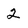
Character: 2